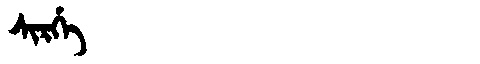
Manchu: ᠰᡳᡵᡤᡝ
Romanization: SIRGE